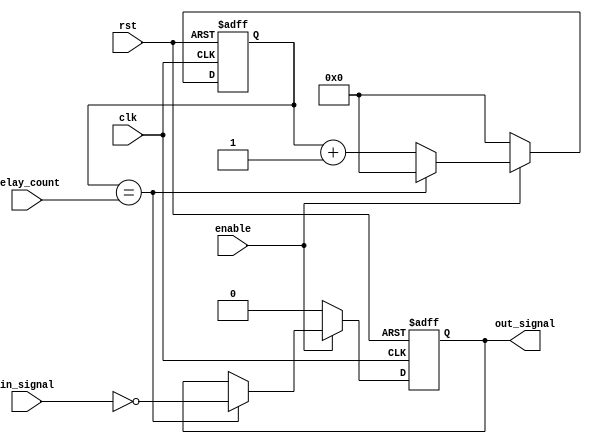
module nand_gate_delay (
    input wire clk,
    input wire rst,
    input wire enable,
    input wire [7:0] delay_count,
    input wire in_signal,
    output wire out_signal
);

reg [7:0] delay_counter;
reg delayed_sig;

always @ (posedge clk or posedge rst) begin
    if (rst) begin
        delay_counter <= 8'b0;
        delayed_sig <= 1'b0;
    end else begin
        if (enable) begin
            if (delay_counter == delay_count) begin
                delay_counter <= 8'b0;
                delayed_sig <= ~in_signal;
            end else begin
                delay_counter <= delay_counter + 1;
            end
        end else begin
            delay_counter <= 8'b0;
            delayed_sig <= 1'b0;
        end
    end
end

assign out_signal = delayed_sig;

endmodule